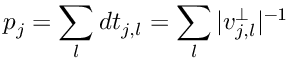
p _ { j } = \sum _ { l } d t _ { j , l } = \sum _ { l } | v _ { j , l } ^ { \perp } | ^ { - 1 }